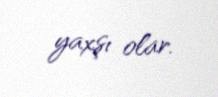
yaxşı olar.